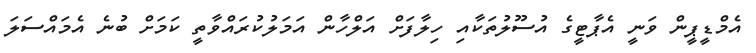
އެމްޑީޕީން ވަނީ އެޕާޓީގެ އުސޫލުތަކާއި ހިލާފަށް އަލްހާން އަމަލުކުރައްވާތީ ކަމަށް ބުނެ އެމައްސަަލަ